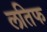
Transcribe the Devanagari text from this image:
लतिफ